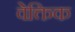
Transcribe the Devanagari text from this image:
वेक्तिक